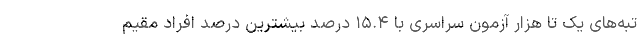
تبه‌های یک تا هزار آزمون سراسری با ۱۵.۴ درصد بیشترین درصد افراد مقیم